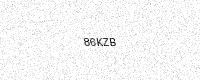
Text: 86KZB